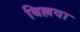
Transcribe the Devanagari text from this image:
बिल्लवा